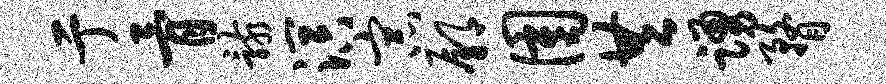
亍骨骸溟宗鄢圉共踊瞀